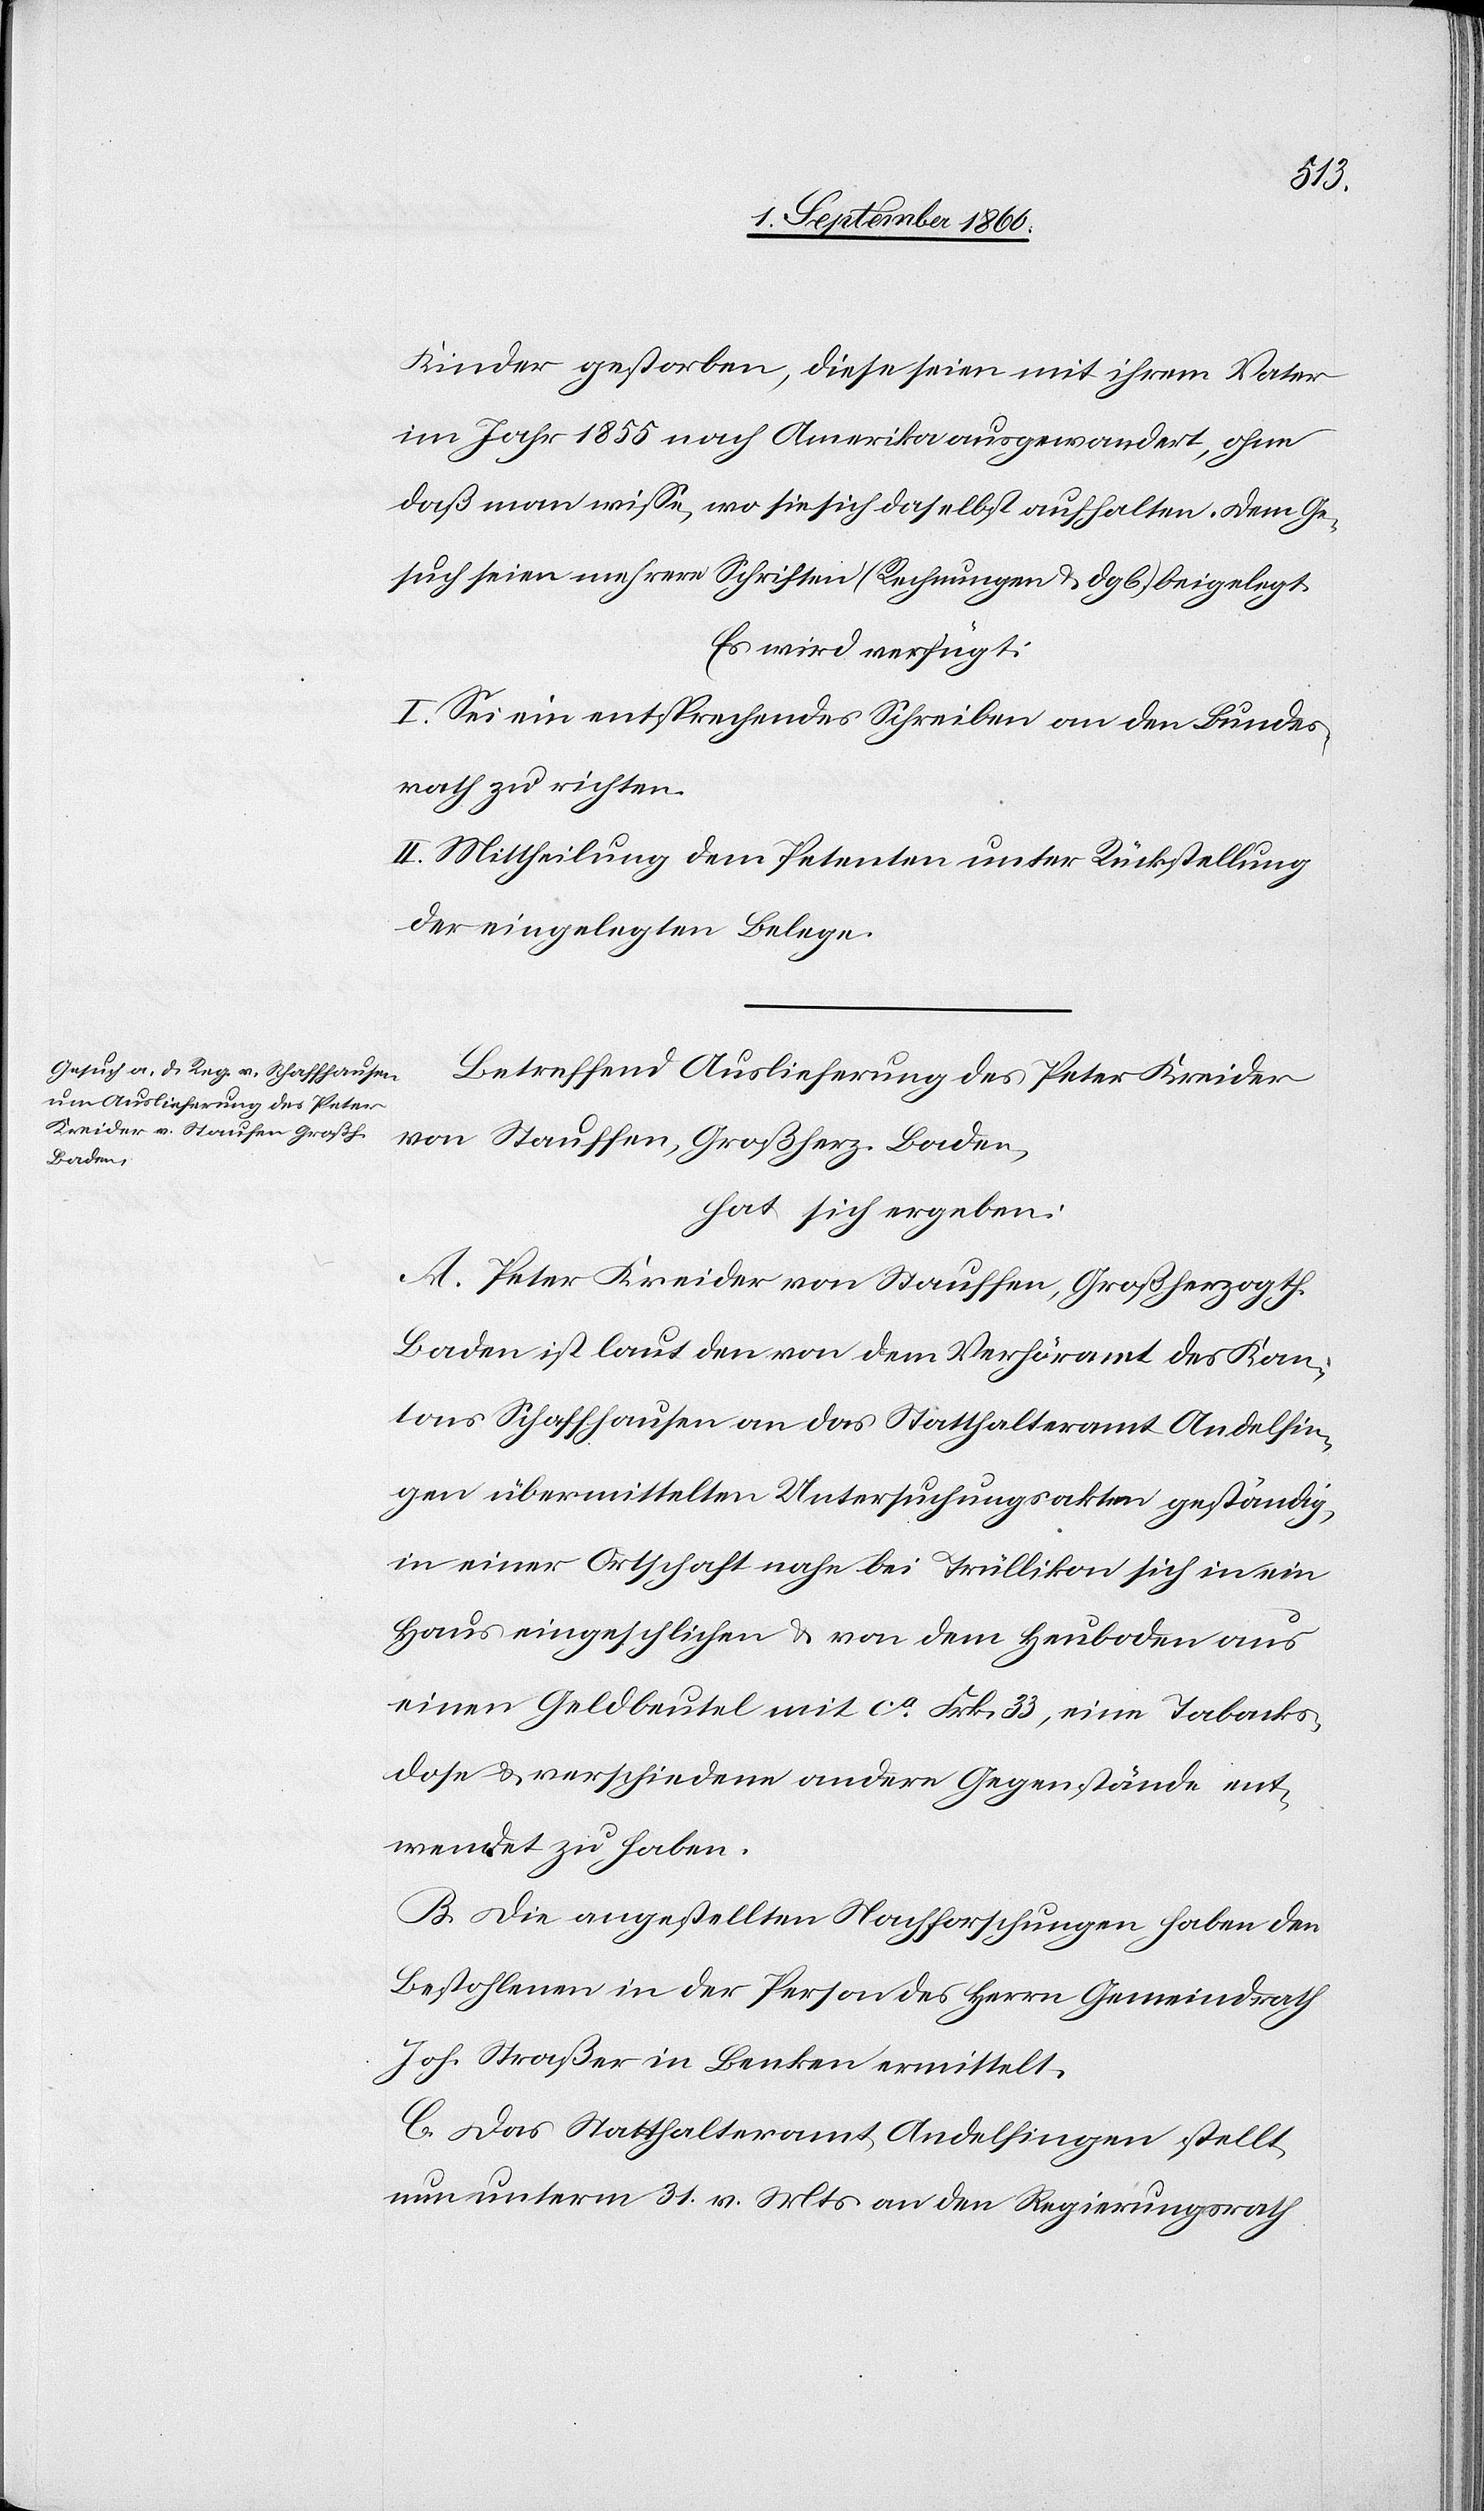
Baden

von
4. September 1860.]
im Jahr 1855 nach Amerika ausgewandert, ohne
dass man wisse, wo sie sich daselbst aufhalten. Dem Ge¬
such seien mehrere Schriften (Rechnungen u. dgl.) beigelegt.
Es wird verfügt:
I. Sei ein entsprechendes Schreiben an den Bundes¬
rath zu richten.
II. Mittheilung dem Petenten unter Rückstellung
der eingelegten Belege.
Betreffend Auslieferung des Peter Kreider
hat sich ergeben:
A. Peter Kreider von Stauffen, Grossherzogthum
Baden ist laut den von dem Verhöramt des Kan¬
tons Schaffhausen an das Statthalteramt Andelfin¬
gen übermittelten Untersuchungsakten geständig,
in einer Ortschaft nahe bei Trüllikon sich in ein
Haus eingeschlichen und von dem Heuboden aus
einen Geldbeutel mit ca Frk. 33, eine Taback¬
dose und verschiedene andere Gegenstände ent¬
wendet zu haben.
B. Die angestellten Nachforschungen haben den
Bestohlenen in der Person des Herrn Gemeindrath
Joh. Strasser in Benken ermittelt.
C. Das Statthalteramt Andelfingen stellt
nun unterm 31. v. Mts. an den Regierungsrath